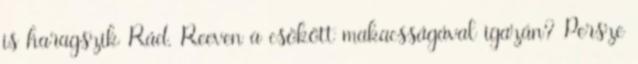
is haragszik Rád, Reeven a csökött makacsságával igazán? Persze